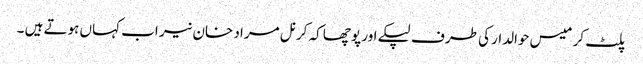
پلٹ کر میس حوالدار کی طرف لپکے اور پوچھا کہ کرنل مراد خان نیر اب کہاں ہوتے ہیں ۔